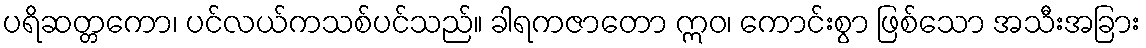
ပရိဆတ္တကော၊ ပင်လယ်ကသစ်ပင်သည်။ ခါရကဇာတော ဣဝ၊ ကောင်းစွာ ဖြစ်သော အသီးအခြား